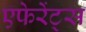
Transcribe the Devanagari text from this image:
एफेरेंट्स